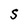
Character: S